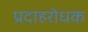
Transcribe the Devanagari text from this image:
प्रदाहरोधक